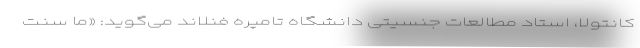
کانتولا، استاد مطالعات جنسیتی دانشگاه تامپره فنلاند می‌گوید: «ما سنت